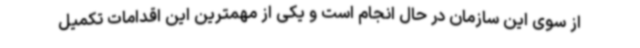
از سوی این سازمان در حال انجام است و یکی از مهمترین این اقدامات تکمیل